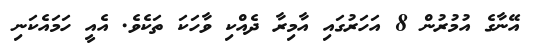
އޭނާގެ އުމުރުން 8 އަހަރުގައި އާމިރާ ދެއްކި ވާހަކަ ތަކެވެ. އެއީ ހަމައެކަނި